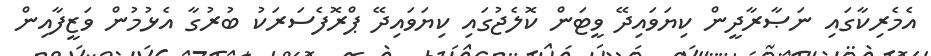
އެމެރިކާގައި ނަޞާރާދީން ކިޔަވައިދޭ ވީޓަން ކޮލެޖުގައި ކިޔަވައިދޭ ޕްރޮފެސަރަކު ބުރުގާ އެޅުމުން ވަޒީފާއިން